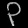
Digit: ၃